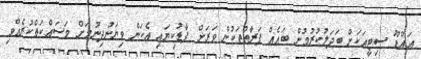
އައްޑޫ ސިޓީއަކަށް ބަދަލުކުރުމުން ބައެއް ފަރާތްތަކުން ވަރަށް ފާޑުކިޔައި އެކަން ވިޔަނުދިނުމަށް މަސައްކަތްކުރެއްވި